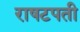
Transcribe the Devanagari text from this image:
राषटपती